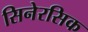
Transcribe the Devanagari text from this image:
सिनेरसिक